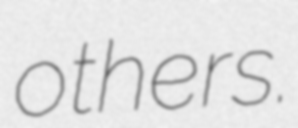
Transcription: others.